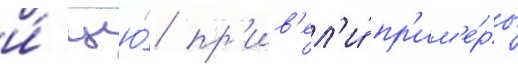
и́ цю́ пр'ив'ел'и́ пр'им'е́ры